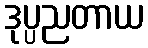
ဒုပ္ပညတာယ